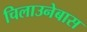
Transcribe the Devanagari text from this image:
चिलाउनेबास